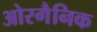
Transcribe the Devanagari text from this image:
ओरगैनिक